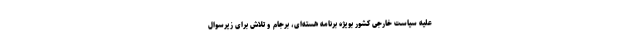
علیه سیاست خارجی کشور بویژه برنامه هسته‌ای، برجام و تلاش برای زیرسوال